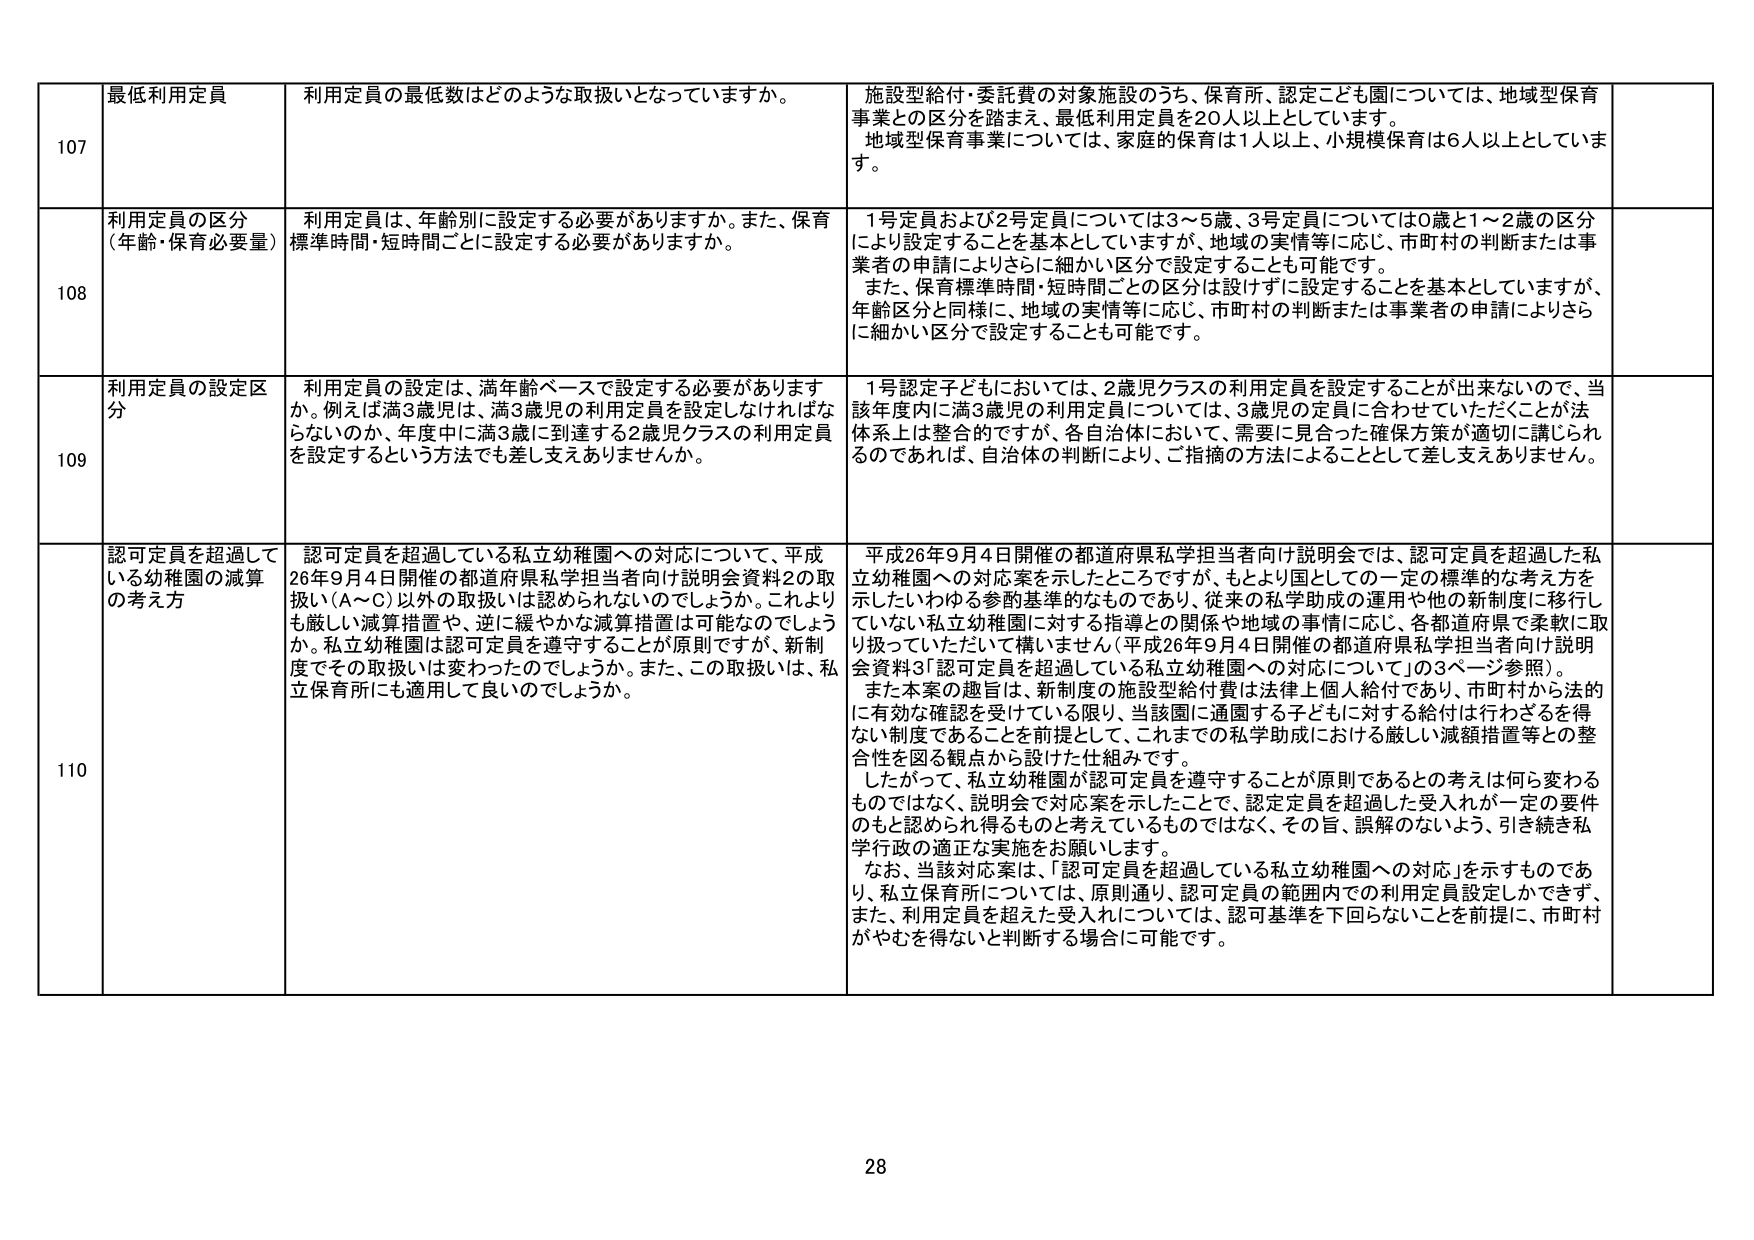
107 最低利用定員 利用定員の最低数はどのような取扱いとなっていますか。 施設型給付・委託費の対象施設のうち、保育所、認定こども園については、地域型保育事業との区分を踏まえ、最低利用定員を20人以上としています。 地域型保育事業については、家庭的保育は1人以上、小規模保育は6人以上としています。

108 利用定員の区分 （年齢・保育必要量） 利用定員は、年齢別に設定する必要がありますか。また、保育標準時間・短時間ごとに設定する必要がありますか。 1号定員および2号定員については3～5歳、3号定員については0歳と1～2歳の区分により設定することを基本としていますが、地域の実情等に応じ、市町村の判断または事業者の申請によりさらに細かい区分で設定することも可能です。 また、保育標準時間・短時間ごとの区分は設けずに設定することを基本としていますが、年齢区分と同様に、地域の実情等に応じ、市町村の判断または事業者の申請によりさらに細かい区分で設定することも可能です。

109 利用定員の設定区分 利用定員の設定は、満年齢ベースで設定する必要がありますか。例えば満3歳児は、満3歳児の利用定員を設定しなければならないのか、年度中に満3歳に到達する2歳児クラスの利用定員を設定するという方法でも差し支えありませんか。 1号認定子どもにおいては、2歳児クラスの利用定員を設定することが出来ないので、当該年度内に満3歳児の利用定員については、3歳児の定員に合わせていただくことが法体系上は整合的ですが、各自治体において、需要に見合った確保方策が適切に講じられるのであれば、自治体の判断により、ご指摘の方法によることとして差し支えありません。

110 認可定員を超過している幼稚園の減算の考え方 認可定員を超過している私立幼稚園への対応について、平成26年9月4日開催の都道府県私学担当者向け説明会資料2の取扱い（A～C）以外の取扱いは認められないのでしょうか。これよりも厳しい減算措置や、逆に緩やかな減算措置は可能なのでしょうか。私立幼稚園は認可定員を遵守することが原則ですが、新制度でその取扱いは変わったのでしょうか。また、この取扱いは、私立保育所にも適用して良いでしょうか。 平成26年9月4日開催の都道府県私学担当者向け説明会では、認可定員を超過した私立幼稚園への対応案を示したところですが、もとより国としての一定の標準的な考え方を示したいわゆる参酌基準的なものであり、従来の私学助成の運用や他の新制度に移行していない私立幼稚園に対する指導との関係や地域の事情に応じ、各都道府県で柔軟に取り扱っていただいて構いません（平成26年9月4日開催の都道府県私学担当者向け説明会資料3「認可定員を超過している私立幼稚園への対応について」の3ページ参照）。 また本案の趣旨は、新制度の施設型給付費は法律上個人給付であり、市町村から法的に有効な確認を受けている限り、当該園に通園する子どもに対する給付は行わざるを得ない制度であることを前提として、これまでの私学助成における厳しい減額措置等との整合性を図る観点から設けた仕組みです。 したがって、私立幼稚園が認可定員を遵守することが原則であるとの考えは何ら変わるも のではなく、説明会で対応案を示したことで、認定定員を超過した受入れが一定の要件のもと認められ得るものと考えているものではなく、その旨、誤解のないよう、引き続き私学行政の適正な実施をお願いします。 なお、当該対応案は、「認可定員を超過している私立幼稚園への対応」を示すものであり、私立保育所については、原則通り、認可定員の範囲内での利用定員設定しかできず、また、利用定員を超えて受入れについては、認可基準を下回らないことを前提に、市町村がやむを得ないと判断する場合に可能です。

28